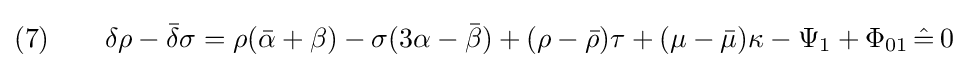
(7)\qquad \delta \rho -{\bar {\delta }}\sigma =\rho ({\bar {\alpha }}+\beta )-\sigma (3\alpha -{\bar {\beta }})+(\rho -{\bar {\rho }})\tau +(\mu -{\bar {\mu }})\kappa -\Psi _{1}+\Phi _{01}\,{\hat {=}}\,0